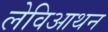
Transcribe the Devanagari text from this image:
लेविआथन